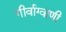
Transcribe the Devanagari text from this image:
गीर्वाग्वाणी